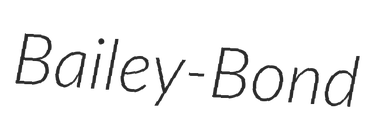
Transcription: Bailey-Bond